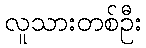
လူသားတစ်ဦး